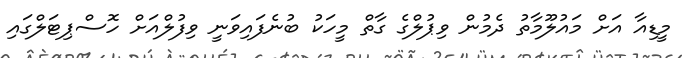
މީޑިއާ އަށް މައުލޫމާތު ދެމުން ވިޕުލްގެ ގާތް މީހަކު ބުނެފައިވަނީ ވިފުލްއަށް ހޮސްޕިޓަލްގައި